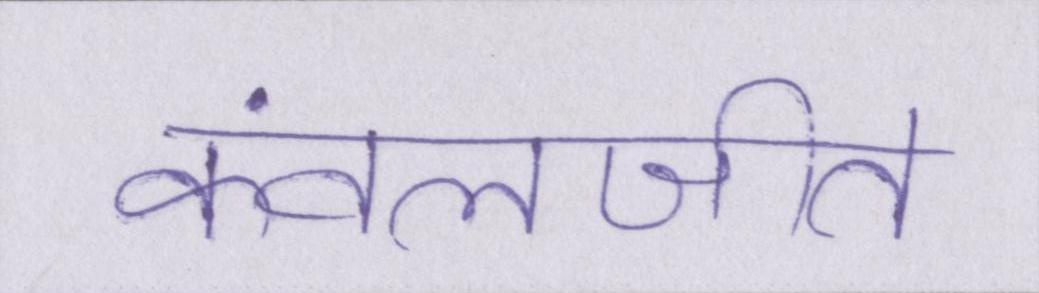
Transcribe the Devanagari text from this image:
कंवलजीत